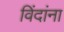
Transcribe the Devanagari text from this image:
विंदांना